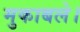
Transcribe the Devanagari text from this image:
मुकाबले।